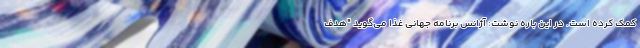
کمک کرده است. در این باره نوشت: آژانس برنامه جهانی غذا می‌گوید "هدف